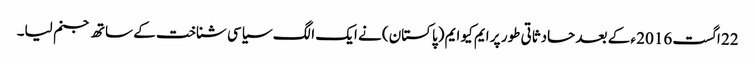
22 اگست 2016 ء کے بعد حادثاتی طور پر ایم کیو ایم (پاکستان) نے ایک الگ سیاسی شناخت کے ساتھ جنم لیا۔